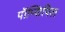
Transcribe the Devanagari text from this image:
पॉप्सिपिल